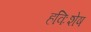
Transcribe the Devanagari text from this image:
हविःशेष